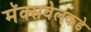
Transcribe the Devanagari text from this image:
मॅक्सवेलकडे